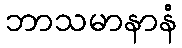
ဘာသမာနာနံ